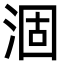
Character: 涸